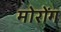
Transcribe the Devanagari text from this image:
मोरोंग